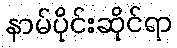
နာမ်ပိုင်းဆိုင်ရာ